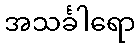
အသင်္ခါရော